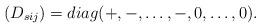
\begin{align*}(D_{sij})=diag(+,-,\dots,-,0,\dots,0).\end{align*}